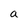
Character: a